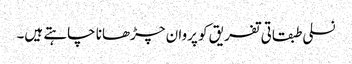
نسلی طبقاتی تفریق کو پروان چڑھانا چاہتے ہیں۔